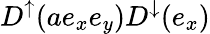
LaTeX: D^{\uparrow}(ae_{x}e_{y})D^{\downarrow}(e_{x})